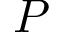
P